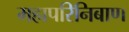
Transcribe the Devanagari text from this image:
महापरिनिबाण